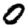
Digit: 0